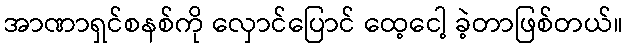
အာဏာရှင်စနစ်ကို လှောင်ပြောင် ထေ့ငေါ့ ခဲ့တာဖြစ်တယ်။